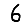
Digit: 6